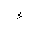
Letter: _hamza